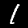
Digit: 1